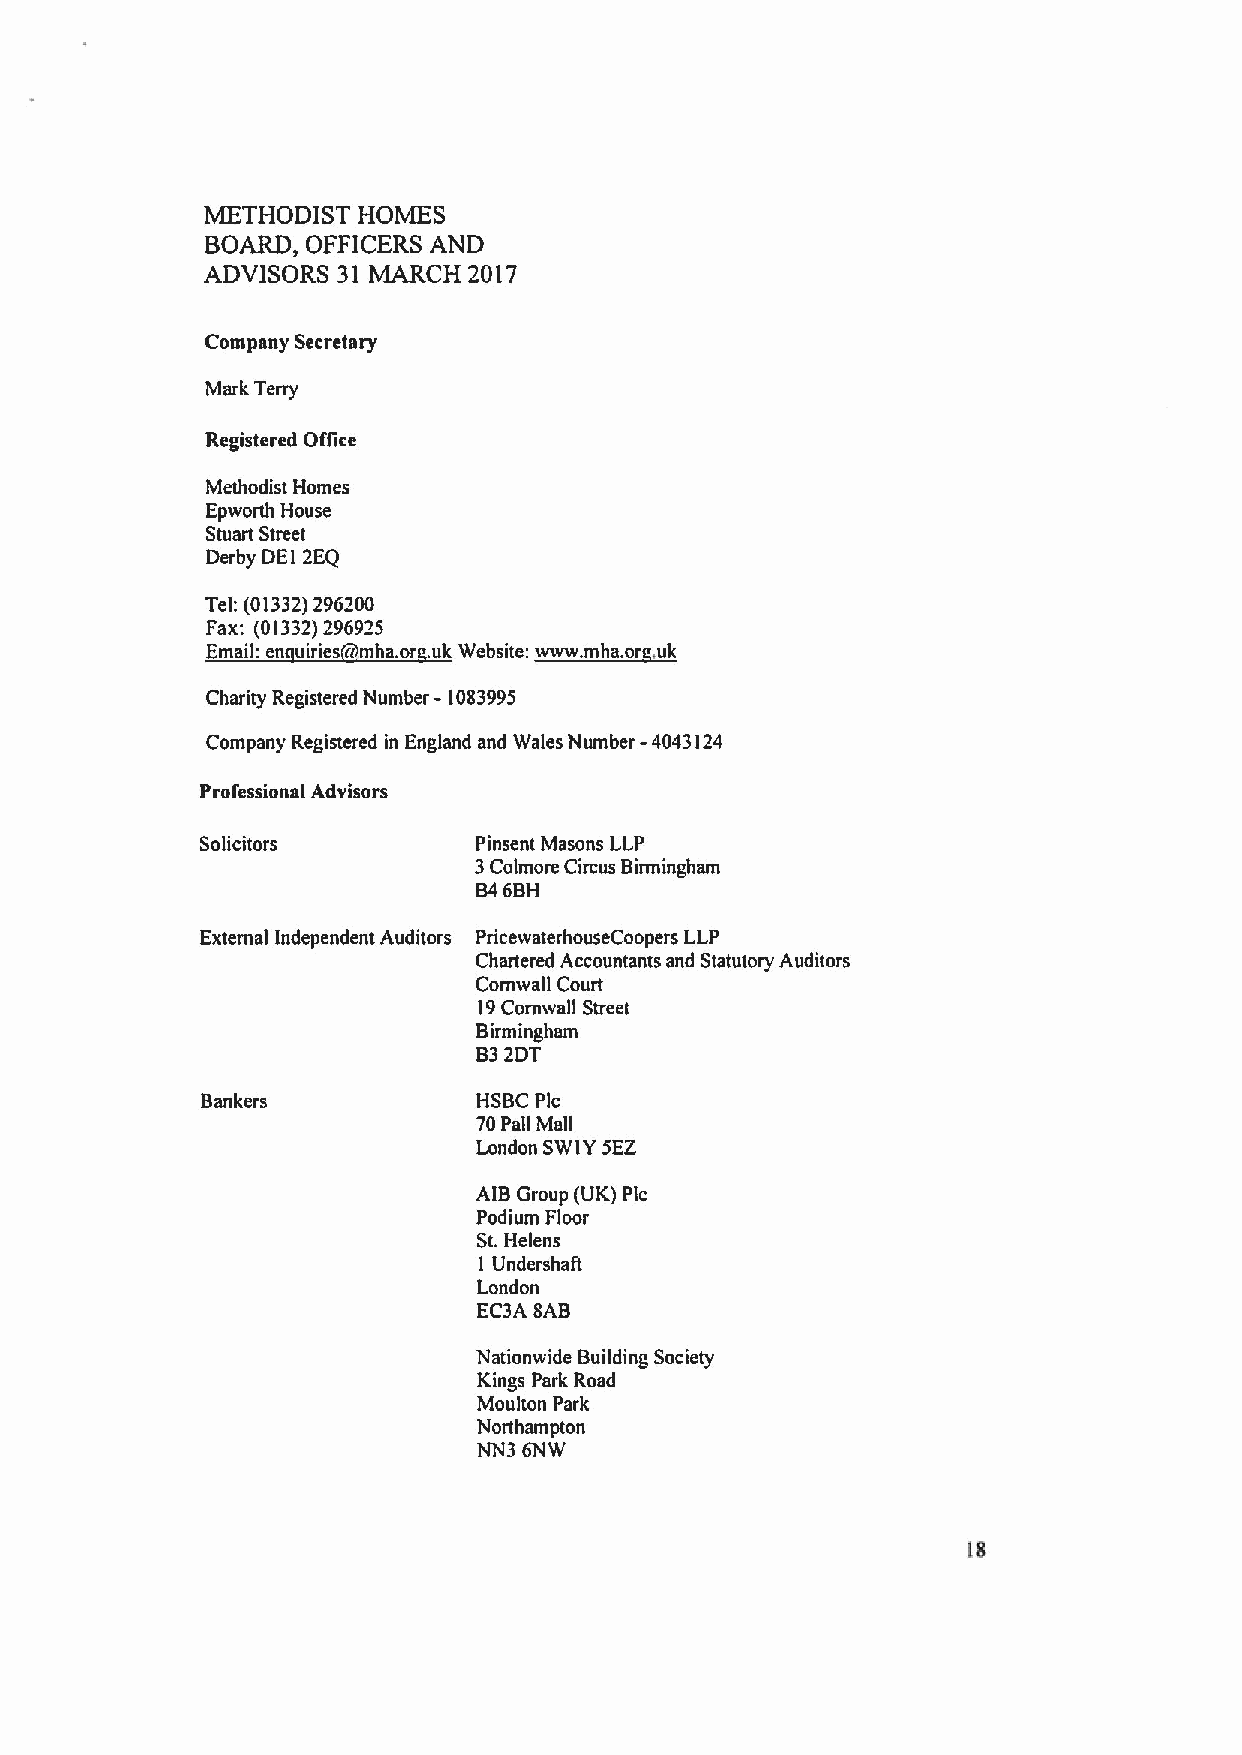
METHODIST HOMES
 BOARD, OFFICERS AND
 ADVISORS 31 MARCH 2017
 Company Secretary
 Mark Terry
 Registered Oflice
 Methodist Homes
 Epworth House
 Stuart Street
 Derby DEI 2EQ
 Teh (01332)296200
 Fax: (01332)296925 kWkd:~k.
 E k   id a k. .              . k
 -
 Charity Registered Number 1083995
 Company Registered in England and Wales Number
 -4043124
 Professional Advisors
 Solicitors        Pinsent Masons LLP
 3Colmore Circus Birmingham
 B46BH
 External Independent Auditors PricewaterhouseCoopers LLP
 Chartered Accountants and Statutory Auditors
 Comwal1 Court
 19Cornwall Street
 Birmingham
 B32DT
 Bankers            HSBC Pic
 70Pall Mall
 London SWIY5EZ
 AIB Group (UK) Pic
 Podium Floor
 St.Helens
 I Undershalt
 London
 EC3A 8AB
 Nationwide Building Society
 Kings Park Road
 Moulton Park
 Northampton
 NN3 6NW
 lg